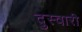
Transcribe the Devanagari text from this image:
दुस्वारी